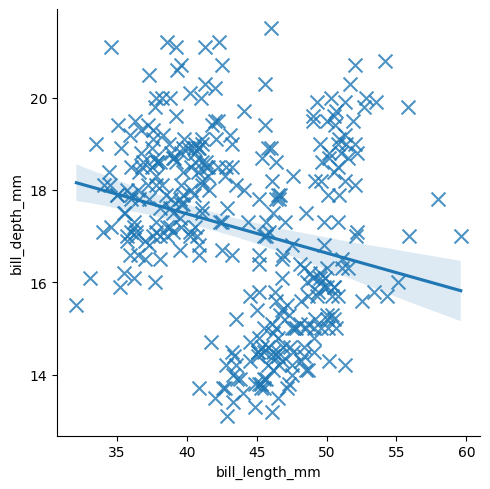
python, seaborn, lmplot, aspect=1.0, order=1, markers='x'